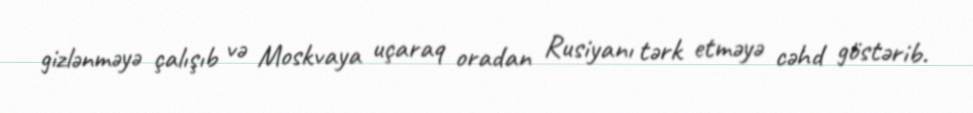
gizlənməyə çalışıb və Moskvaya uçaraq oradan Rusiyanı tərk etməyə cəhd göstərib.